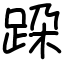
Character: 跥